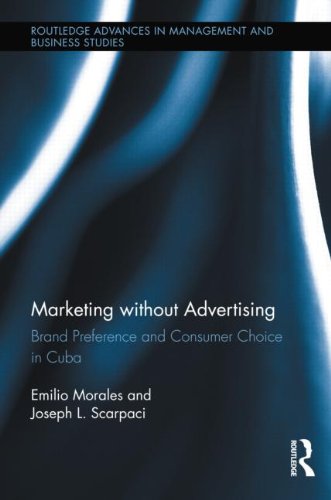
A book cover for Marketing without Advertising: Brand Preference and Consumer Choice in Cuba (Routledge Advances in Management and Business Studies); Emilio Morales; Business & Money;